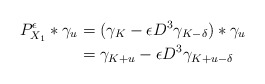
\begin{align*}P_{X_1}^{\epsilon}*\gamma_u&=(\gamma_{K}-\epsilon D^3\gamma_{K-\delta})*\gamma_{u}\\&=\gamma_{K+u}-\epsilon D^3\gamma_{K+u-\delta}\end{align*}